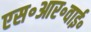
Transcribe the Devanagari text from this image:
एस॰आर॰वाई॰